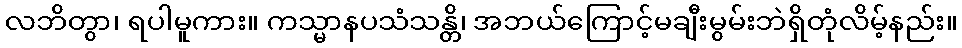
လဘိတွာ၊ ရပါမူကား။ ကသ္မာနပသံသန္တိ၊ အဘယ်ကြောင့်မချီးမွမ်းဘဲရှိတုံလိမ့်နည်း။